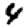
Digit: 4